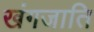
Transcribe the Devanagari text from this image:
खंगजाति